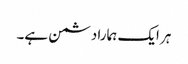
ہر ایک ہمارا دشمن ہے۔